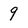
Character: 9